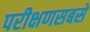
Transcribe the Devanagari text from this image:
परीक्षणसबसे